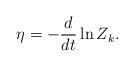
LaTeX: \begin{align*} \eta = -\frac{d}{dt}\ln{Z_k}.\end{align*}